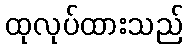
ထုလုပ်ထားသည်